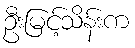
ဦးမြင့်သိန်းက